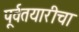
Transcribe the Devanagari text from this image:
पूर्वतयारीचा